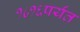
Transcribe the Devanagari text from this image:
१८१६पर्यंत